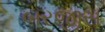
બરજીસ